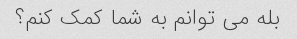
بله می توانم به شما کمک کنم؟